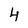
Character: 4